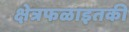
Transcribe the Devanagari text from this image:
क्षेत्रफळाइतकी